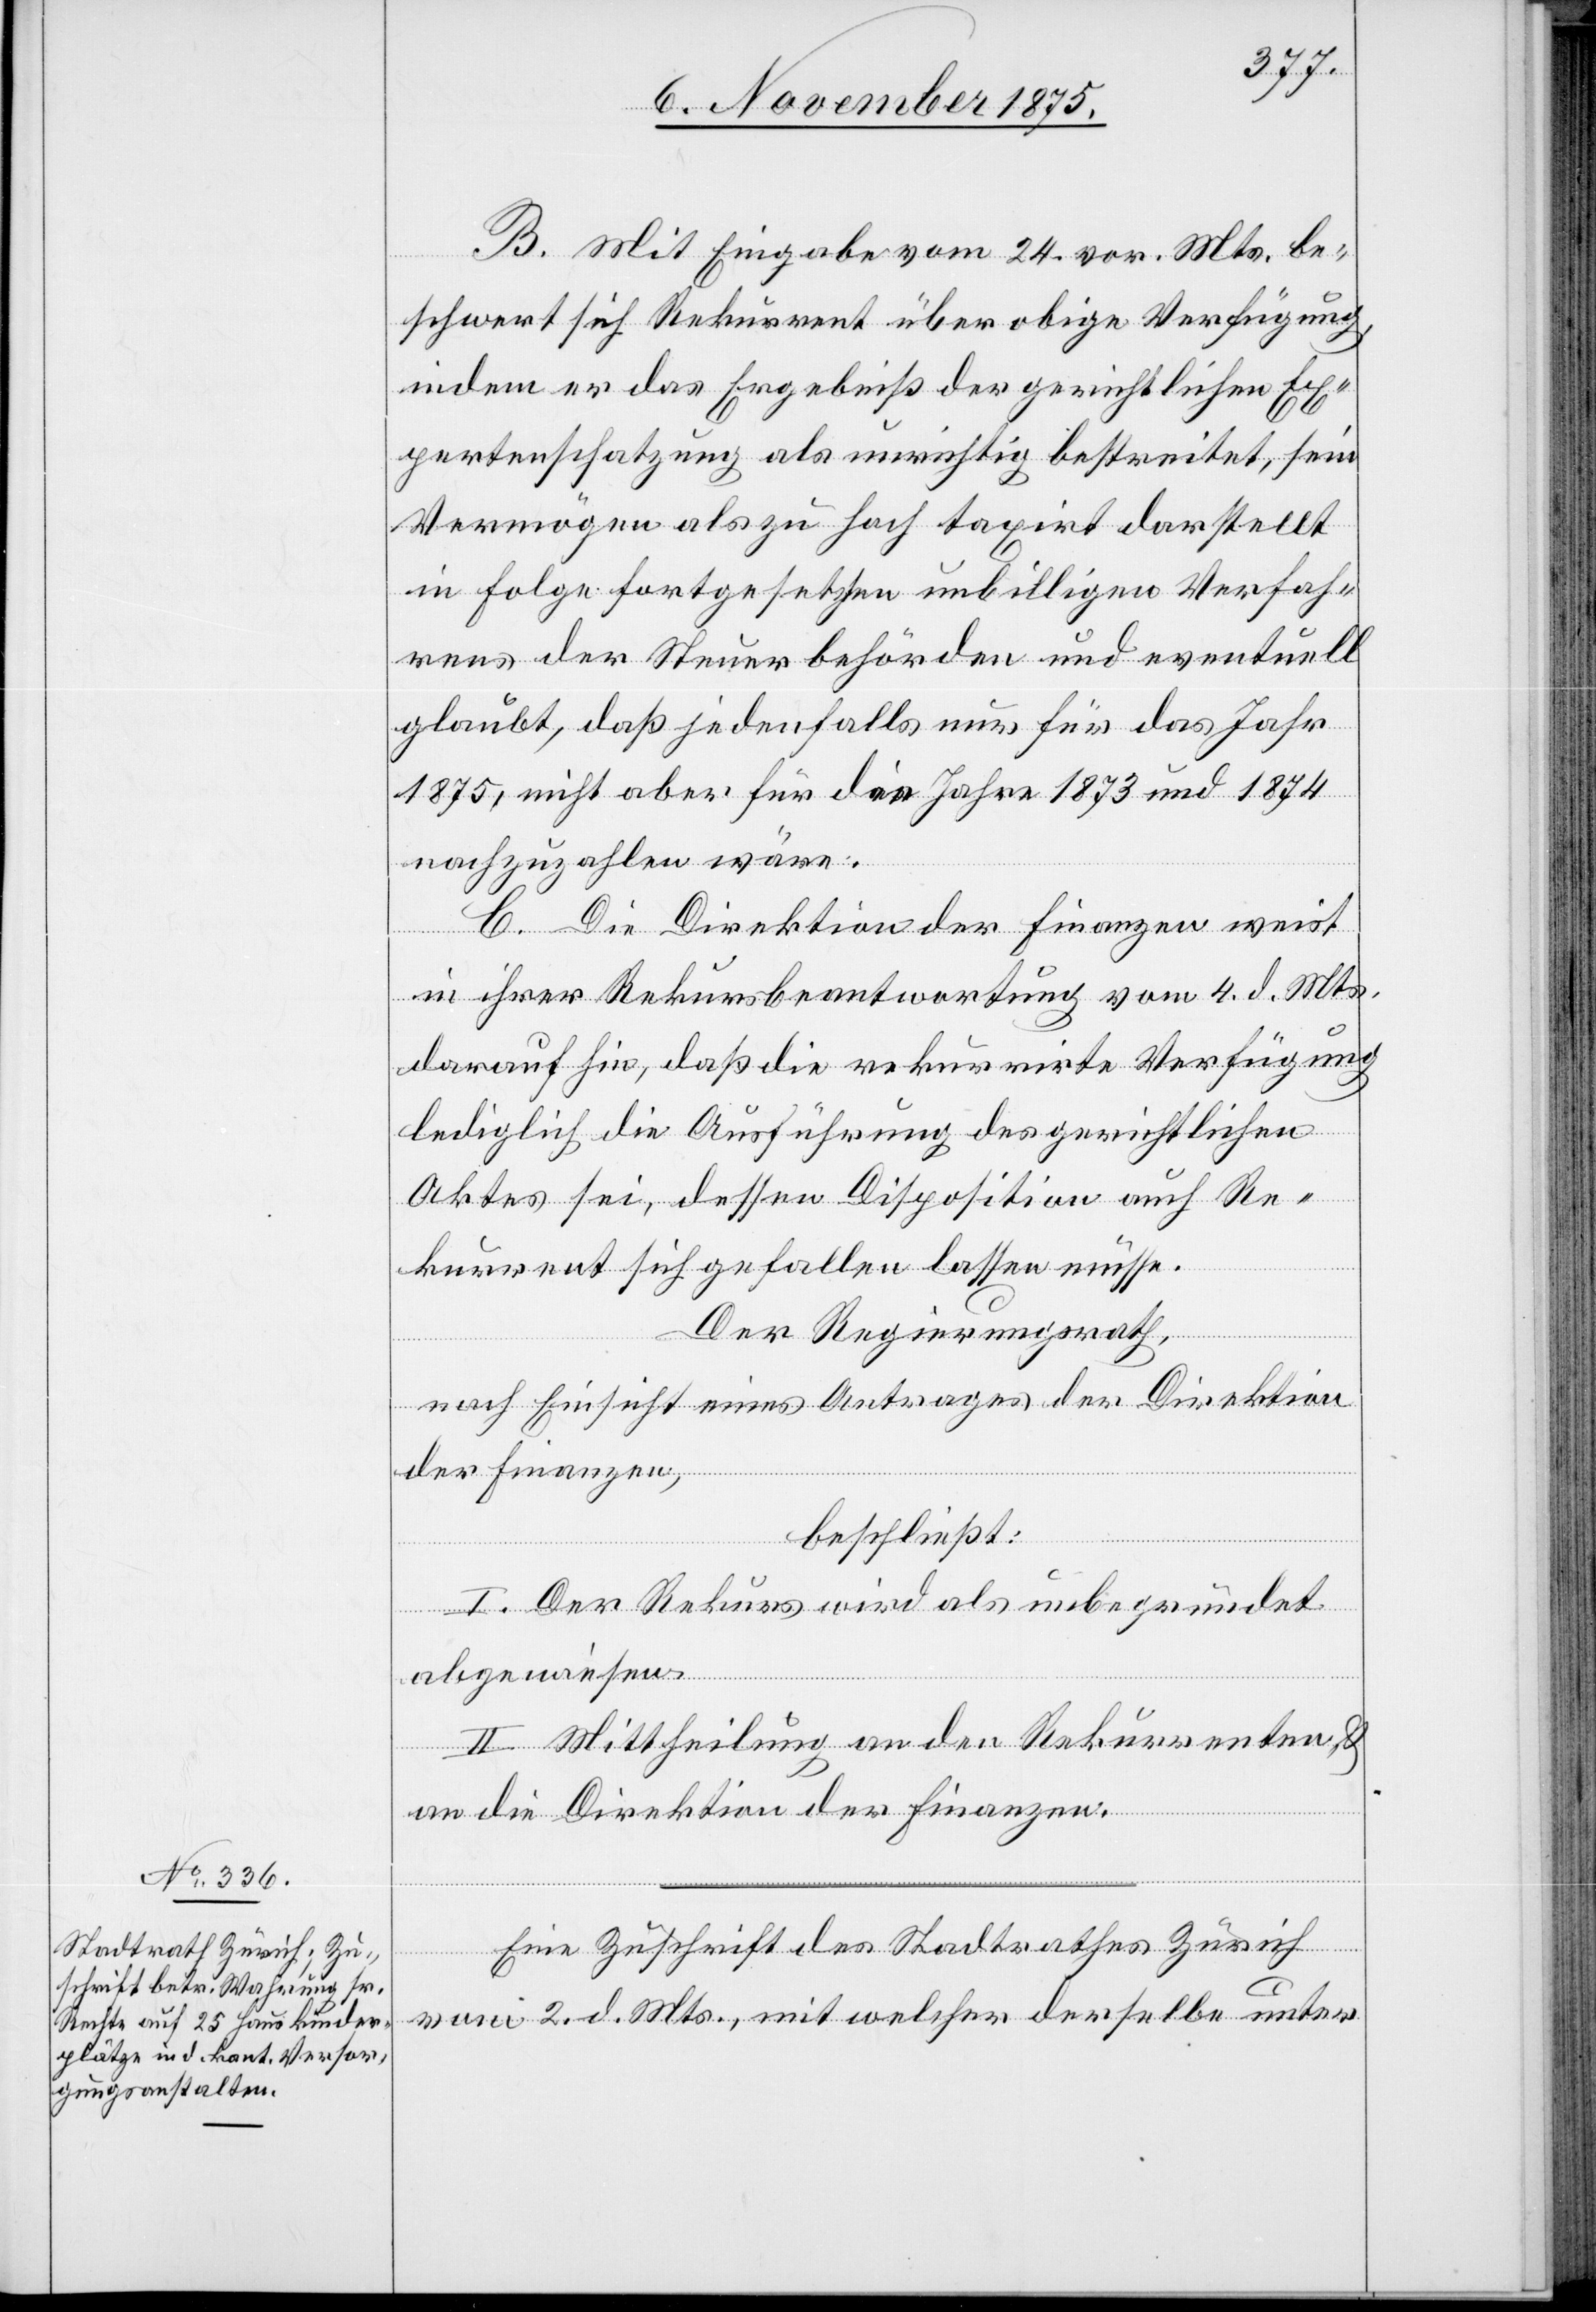
B. Mit Eingabe vom 24. vor. Mts. be¬
schwert sich Rekurrent über obige Verfügung,
indem er das Ergebniß der gerichtlichen Ex¬
pertenschatzung als unrichtig bestreitet, sein
Vermögen als zu hoch taxirt darstellt
in Folge fortgesetzten unbilligen Verfah¬
rens der Steuerbehörden und eventuell
glaubt, daß jedenfalls nur für das Jahr
1875, nicht aber für die Jahre 1873 und 1874
nachzuzahlen wäre.
C. Die Direktion der Finanzen weist
in ihrer Rekursbeantwortung vom 4. d. Mts.
darauf hin, daß die rekurrirte Verfügung
lediglich die Ausführung des gerichtlichen
Aktes sei, dessen Disposition auch Re¬
kurrent sich gefallen lassen müsse.
Der Regierungsrath,
nach Einsicht eines Antrages der Direktion
der Finanzen,
beschließt:
I. Der Rekurs wird als unbegründet
abgewiesen.
II. Mittheilung an den Rekurrenten &
an die Direktion der Finanzen.
Eine Zuschrift des Stadtrathes Zürich
vom 2. d. Mts, mit welcher derselbe unter